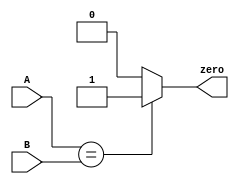
module Compare #(
    parameter SIZE = 32
) (
    input [(SIZE-1):0] A, B,
    output zero
);

    assign zero = (A==B) ? 1'b1 : 1'b0;
    
endmodule